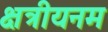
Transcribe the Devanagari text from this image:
क्षत्रीयनम